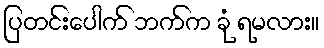
ပြတင်းပေါက် ဘက်က ခုံ ရမလား။